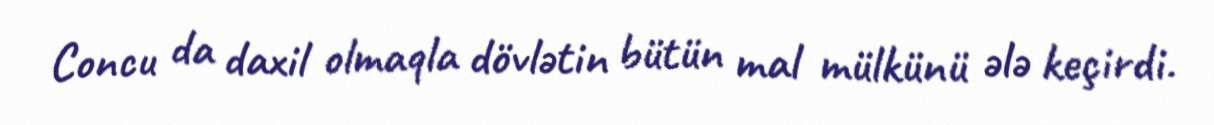
Concu da daxil olmaqla dövlətin bütün mal mülkünü ələ keçirdi.